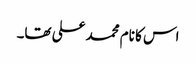
اس کا نام محمد علی تھا۔